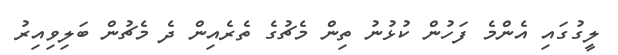
ލީގުގައި އެންމެ ފަހުން ކުޅުނު ތިން މެޗުގެ ތެރެއިން ދެ މެޗުން ބަލިވިއިރު